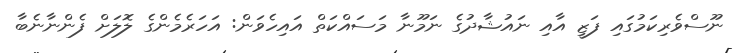
ނޫސްވެރިކަމުގައި ފަޒީ އާއި ނައުޝާދުގެ ނަމޫނާ މަސައްކަތް އައިހެވަން: އަހަރެމެންގެ ލޮލަށް ފެންނާނެބާ